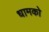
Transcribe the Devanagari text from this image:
धामको